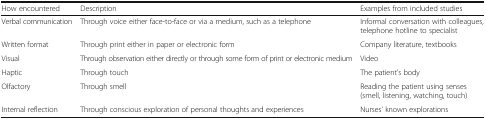
<table><thead><tr><td><b>How encountered</b></td><td><b>Description</b></td><td><b>Examples from included studies</b></td></tr></thead><tbody><tr><td>Verbal communication</td><td>Through voice either face-to-face or via a medium, such as a telephone</td><td>Informal conversation with colleagues, telephone hotline to specialist</td></tr><tr><td>Written format</td><td>Through print either in paper or electronic form</td><td>Company literature, textbooks</td></tr><tr><td>Visual</td><td>Through observation either directly or through some form of print or electronic medium</td><td>Video</td></tr><tr><td>Haptic</td><td>Through touch</td><td>The patient’s body</td></tr><tr><td>Olfactory</td><td>Through smell</td><td>Reading the patient using senses (smell, listening, watching, touch)</td></tr><tr><td>Internal reflection</td><td>Through conscious exploration of personal thoughts and experiences</td><td>Nurses’ known explorations</td></tr></tbody></table>